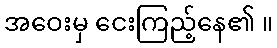
အဝေးမှ ငေးကြည့်နေ၏ ။